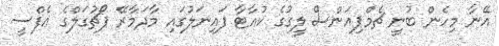
އޭނާ މިހެން ބުނީ ޗެމްޕިއަންސް ލީގުގެ ކުއާޓާ ފައިނަލުގައި މާދަމާރޭ ޕޯޗުގަލްގެ އެފްސީ